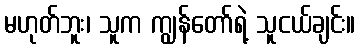
မဟုတ်ဘူး၊ သူက ကျွန်တော်ရဲ့ သူငယ်ချင်း။